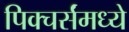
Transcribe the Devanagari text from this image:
पिक्चर्संमध्ये